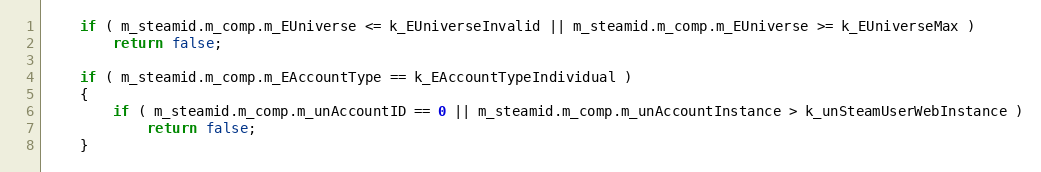
Language: C
	if ( m_steamid.m_comp.m_EUniverse <= k_EUniverseInvalid || m_steamid.m_comp.m_EUniverse >= k_EUniverseMax )
		return false;

	if ( m_steamid.m_comp.m_EAccountType == k_EAccountTypeIndividual )
	{
		if ( m_steamid.m_comp.m_unAccountID == 0 || m_steamid.m_comp.m_unAccountInstance > k_unSteamUserWebInstance )
			return false;
	}